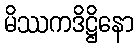
မိဿကဒိဋ္ဌိနော